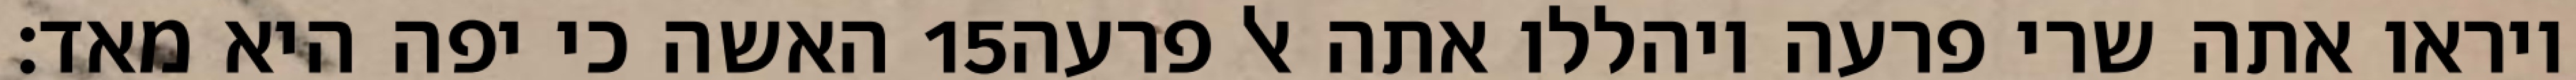
האשה כי יפה היא מאד׃ ‎15‏ ויראו אתה שרי פרעה ויהללו אתה אל פרעה